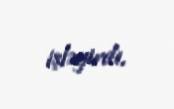
işləyirdi.